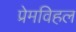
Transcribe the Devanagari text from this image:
प्रेमविहल